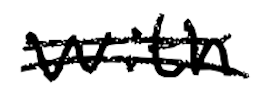
Text: with
Cross-out: mix
Writing tool: digital_black